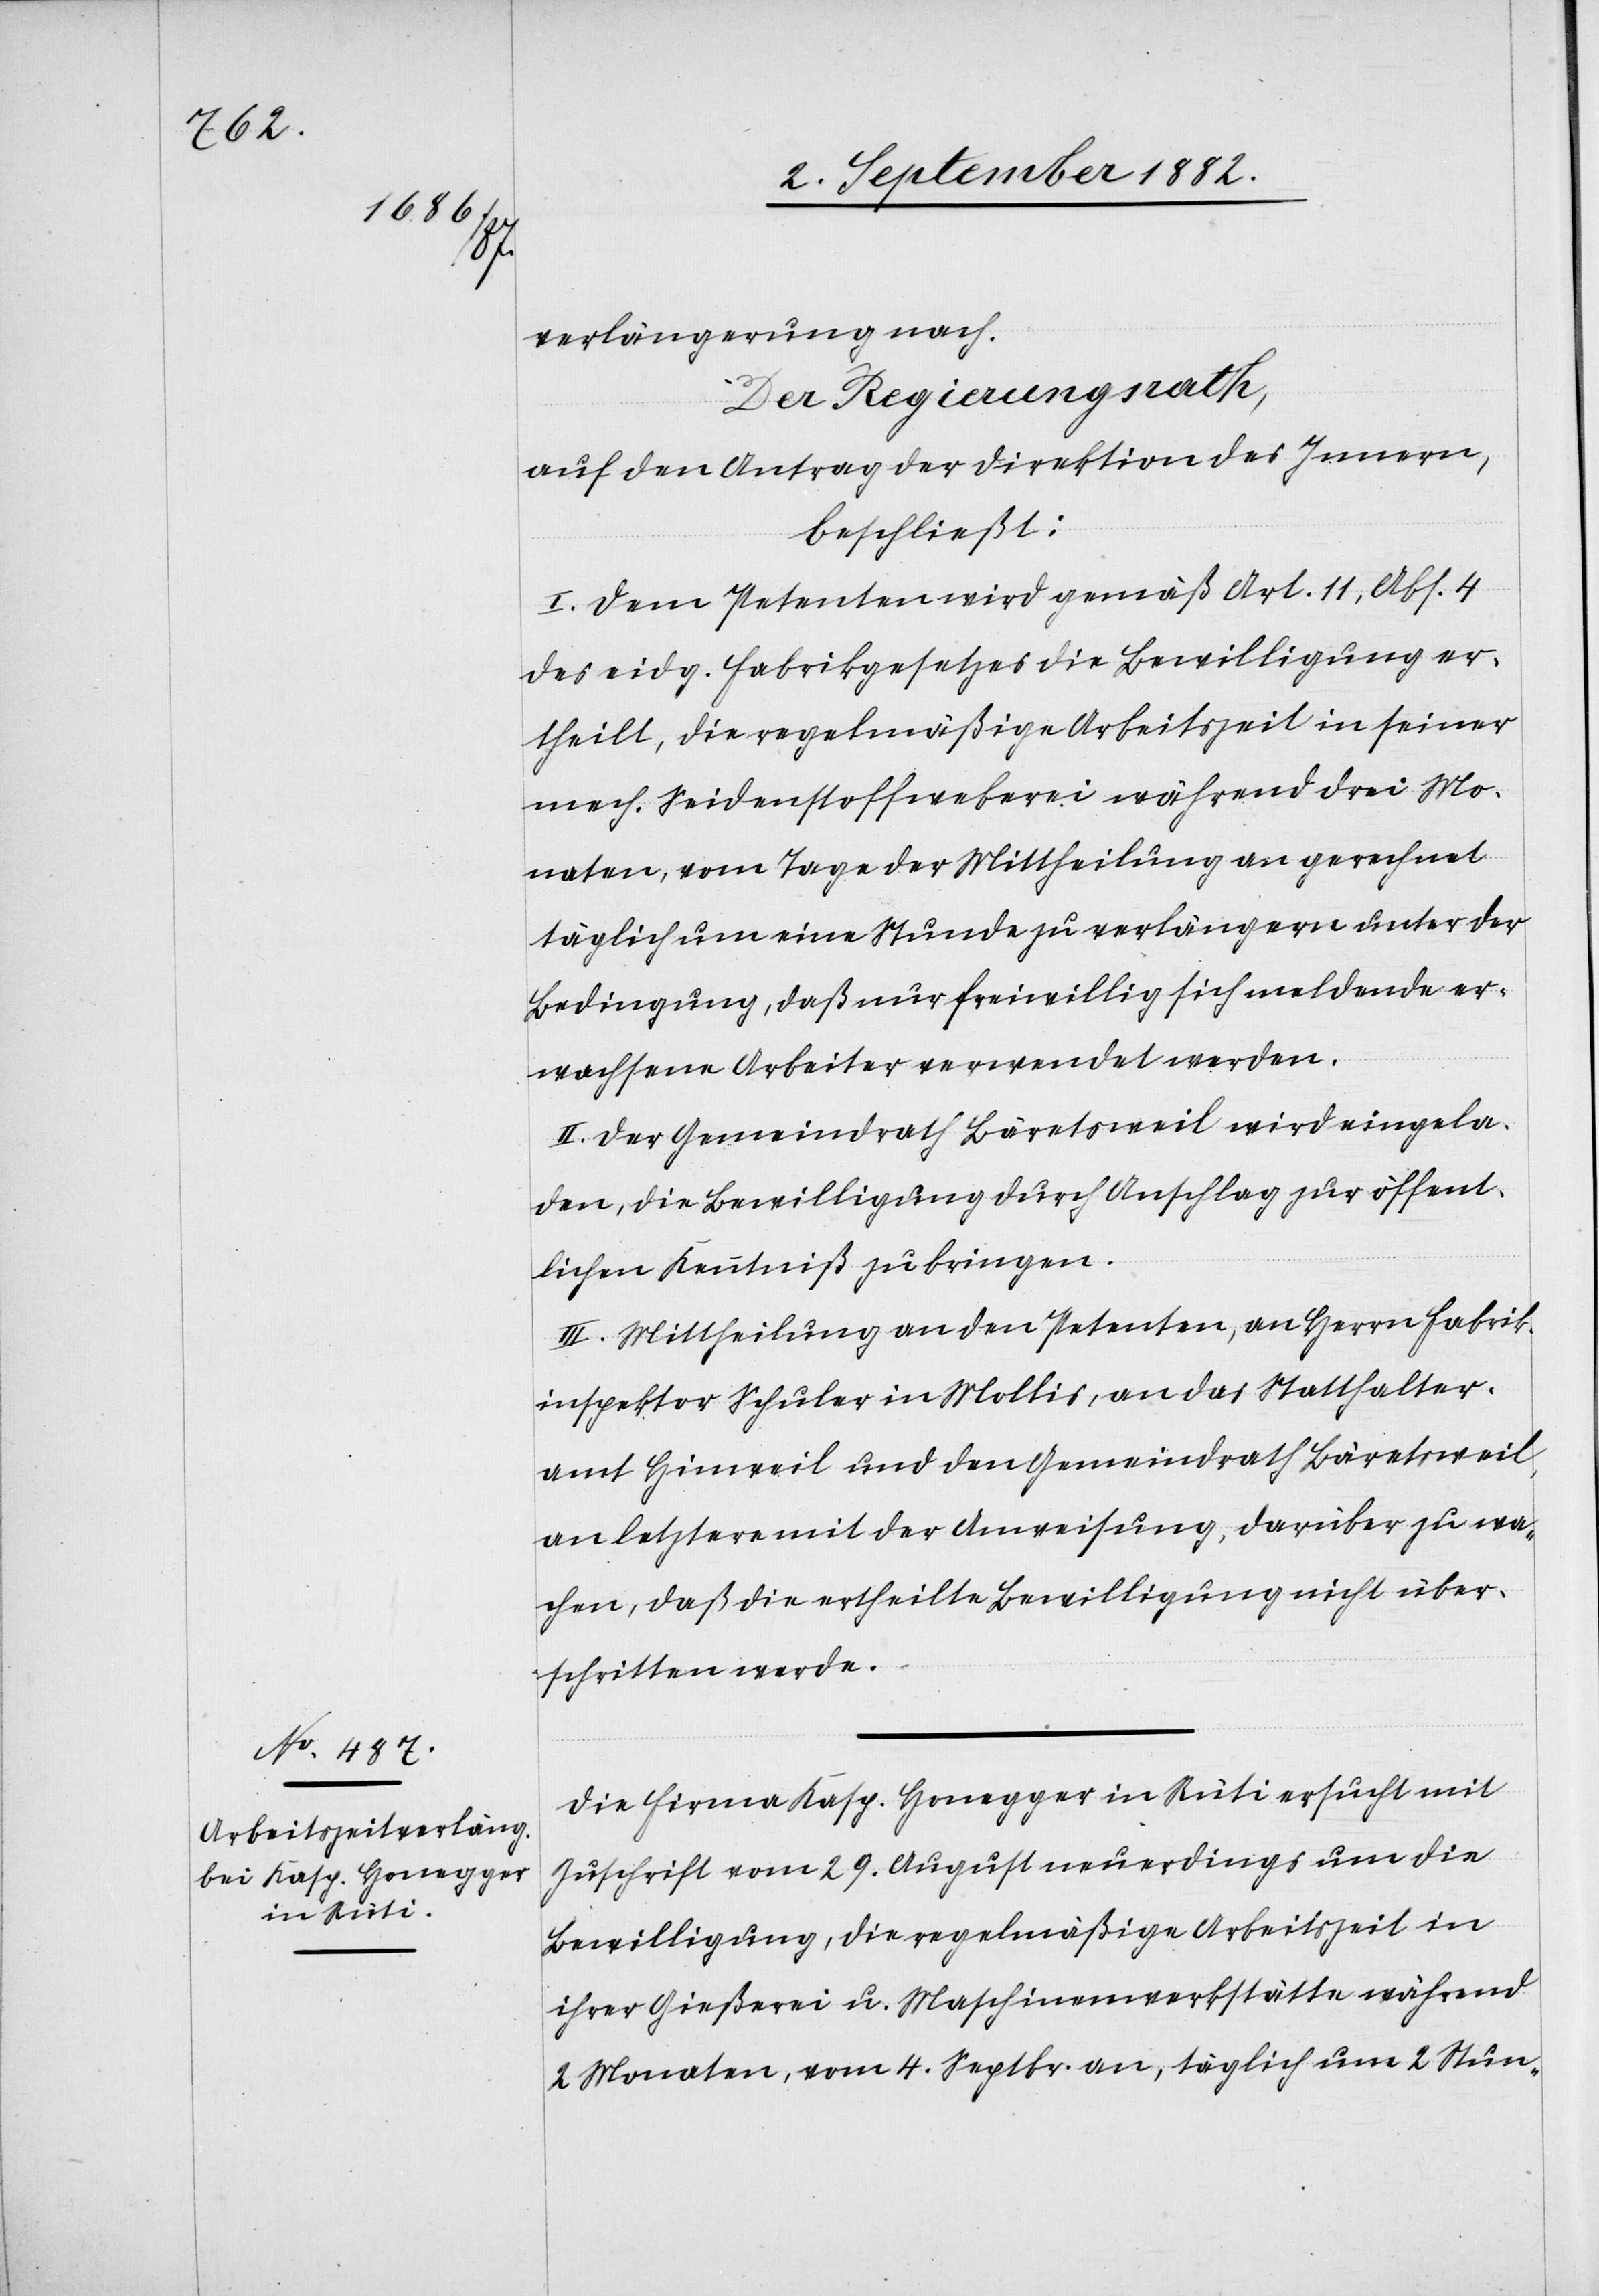
7. September 1882.]
verlängerung nach.
Der Regierungsrath,
auf den Antrag der Direktion des Innern,
beschließt:
I. Dem Petenten wird gemäß Art. 11, Abs. 4
des eidg. Fabrikgesetzes die Bewilligung er¬
theilt, die regelmäßige Arbeitszeit in seiner
mech. Seidenstoffweberei während drei Mo¬
naten, vom Tage der Mittheilung an gerechnet
täglich um eine Stunde zu verlängern unter der
Bedingung, daß nur freiwillig sich meldende er¬
wachsene Arbeiter verwendet werden.
II. Der Gemeindrath Bäretsweil wird eingela¬
den, die Bewilligung durch Anschlag zur öffent¬
lichen Kenntniß zu bringen.
III. Mittheilung an den Petenten, an Herrn Fabrik¬
inspektor Schuler in Mollis, an das Statthalter¬
amt Hinweil und den Gemeindrath Bäretsweil,
an letztere mit der Anweisung, darüber zu wa¬
chen, daß die ertheilte Bewilligung nicht über¬
schritten werde.
Die Firma Kasp. Honegger in Rüti ersucht mit
Zuschrift vom 29. August neuerdings um die
Bewilligung, die regelmäßige Arbeitszeit in
ihrer Gießerei u. Maschinenwerkstätte während
2 Monaten, vom 4. Septbr. an, täglich um 2 Stun-